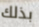
بذلك